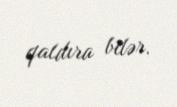
qaldıra bilər.